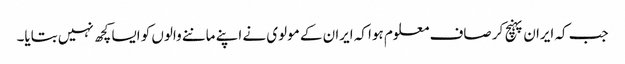
جب کہ ایران پہنچ کر صاف معلوم ہوا کہ ایران کے مولوی نے اپنے ماننے والوں کو ایسا کچھ نہیں بتایا۔